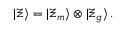
| \Xi \rangle = | \Xi _ { m } \rangle \otimes | \Xi _ { g } \rangle \, .